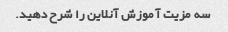
سه مزیت آموزش آنلاین را شرح دهید.